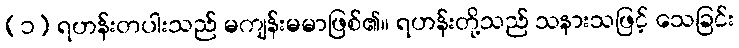
(၁) ရဟန်းတပါးသည် မကျန်းမမာဖြစ်၏။ ရဟန်းတို့သည် သနားသဖြင့် သေခြင်း